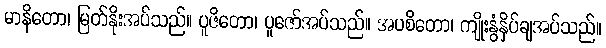
မာနိတော၊ မြတ်နိုးအပ်သည်။ ပူဇိတော၊ ပူဇော်အပ်သည်။ အပစိတော၊ ကျိုးနွံနှိပ်ချအပ်သည်။